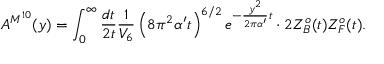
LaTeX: A ^ { M ^ { 1 0 } } ( y ) = \int _ { 0 } ^ { \infty } { \frac { d t } { 2 t } } { \frac { 1 } { V _ { 6 } } } \left( 8 \pi ^ { 2 } \alpha ^ { \prime } t \right) ^ { 6 / 2 } e ^ { - { \frac { y ^ { 2 } } { 2 \pi \alpha ^ { \prime } } } t } \cdot 2 Z _ { B } ^ { o } ( t ) Z _ { F } ^ { o } ( t ) .